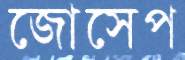
জোসেপ